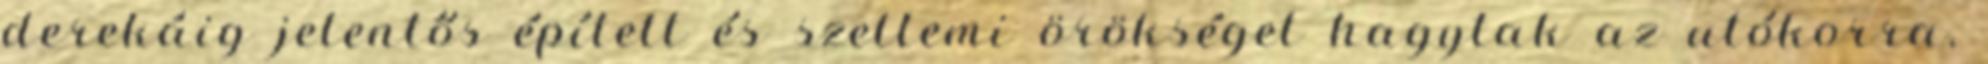
derekáig jelentős épített és szellemi örökséget hagytak az utókorra,